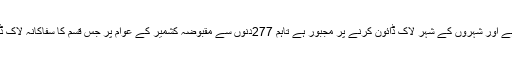
اِن دنوں پوری دنیا کرونا وائرس کی وباء کی لپیٹ میں ہے اور شہروں کے شہر لاک ڈائون کرنے پر مجبور ہے تاہم 277دنوں سے مقبوضہ کشمیر کے عوام پر جس قسم کا سفاکانہ لاک ڈائون مسلط ہے‘ اس پر ان کا ضمیر ابھی تک سورہا ہے۔